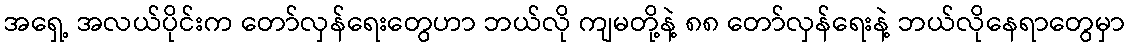
အရှေ့ အလယ်ပိုင်းက တော်လှန်ရေးတွေဟာ ဘယ်လို ကျမတို့နဲ့ ၈၈ တော်လှန်ရေးနဲ့ ဘယ်လိုနေရာတွေမှာ